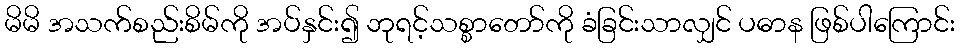
မိမိ အသက်စည်းစိမ်ကို အပ်နှင်း၍ ဘုရင့်သစ္စာတော်ကို ခံခြင်းသာလျှင် ပဓာန ဖြစ်ပါကြောင်း